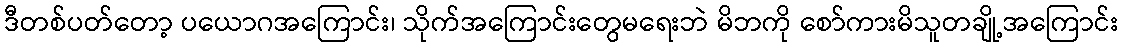
ဒီတစ်ပတ်တော့ ပယောဂအကြောင်း၊ သိုက်အကြောင်းတွေမရေးဘဲ မိဘကို စော်ကားမိသူတချို့အကြောင်း